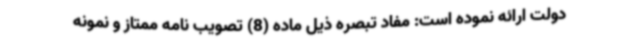
دولت ارائه نموده است: مفاد تبصره ذیل ماده (8) تصویب نامه ممتاز و نمونه